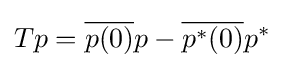
Tp={\overline {p(0)}}p-{\overline {p^{*}(0)}}p^{*}